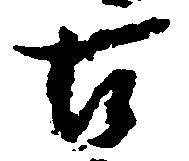
古